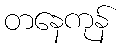
တနေကုန်